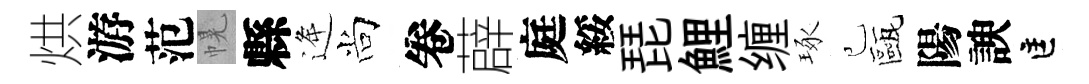
烘游范幌縣逄尚卷薜庭綏琵鯉缠琢己甌陽諛匡